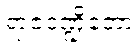
ရာဇဒဏ္ဍိတော